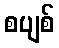
စပျစ်